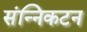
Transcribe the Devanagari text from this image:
संन्निकटन